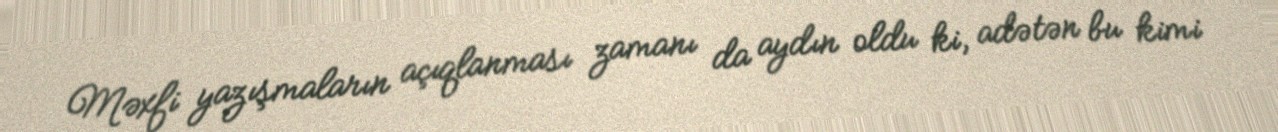
Məxfi yazışmaların açıqlanması zamanı da aydın oldu ki, adətən bu kimi